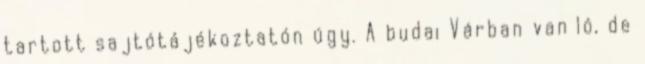
tartott sajtótájékoztatón úgy. A budai Várban van ló, de